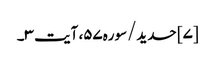
[۷] حدید/سوره۵۷، آیت ۳۔